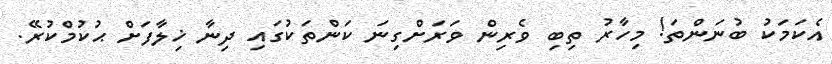
އެކަމަކު ބުނަންތަ! މިހާރު ތިބި ވެރިން ވަރަށްގިނަ ކަންތަކުގައި ދިނާ ޚިލާފަށް ޙުކުމްކުރޭ.